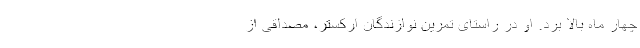
چهار ماه بالا برد. او در راستای تمرین نوازندگان ارکستر، مصداقی از